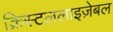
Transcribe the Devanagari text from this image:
क्रिस्टललाइज़ेबल